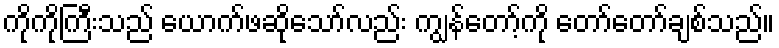
ကိုကိုကြီးသည် ယောက်ဖဆိုသော်လည်း ကျွန်တော့်ကို တော်တော်ချစ်သည်။